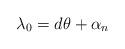
LaTeX: \begin{align*}\lambda_{0}=d\theta+\alpha_{n}\end{align*}